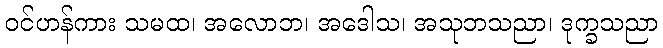
ဝင်ဟန်ကား သမထ၊ အလောဘ၊ အဒေါသ၊ အသုဘသညာ၊ ဒုက္ခသညာ